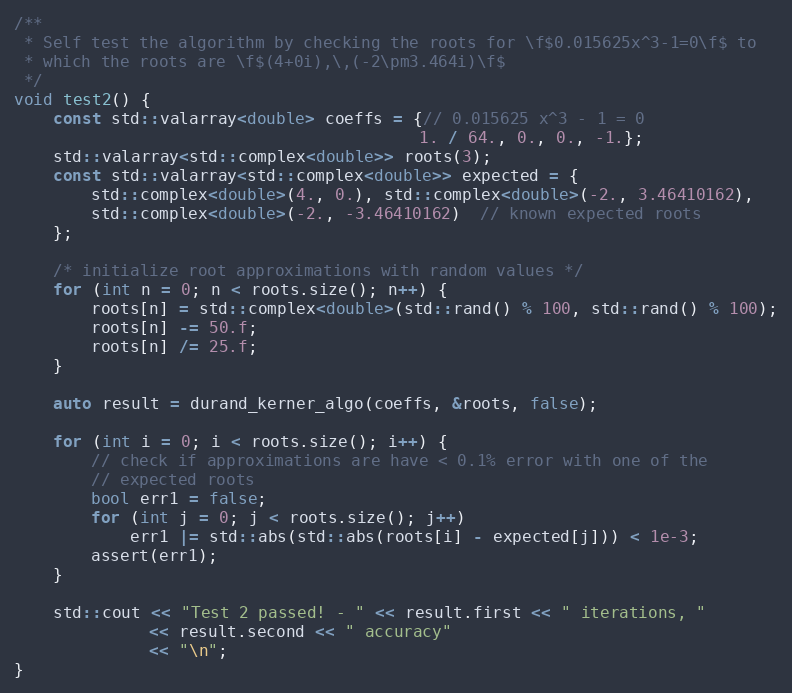
Language: C++
/**
 * Self test the algorithm by checking the roots for \f$0.015625x^3-1=0\f$ to
 * which the roots are \f$(4+0i),\,(-2\pm3.464i)\f$
 */
void test2() {
    const std::valarray<double> coeffs = {// 0.015625 x^3 - 1 = 0
                                          1. / 64., 0., 0., -1.};
    std::valarray<std::complex<double>> roots(3);
    const std::valarray<std::complex<double>> expected = {
        std::complex<double>(4., 0.), std::complex<double>(-2., 3.46410162),
        std::complex<double>(-2., -3.46410162)  // known expected roots
    };

    /* initialize root approximations with random values */
    for (int n = 0; n < roots.size(); n++) {
        roots[n] = std::complex<double>(std::rand() % 100, std::rand() % 100);
        roots[n] -= 50.f;
        roots[n] /= 25.f;
    }

    auto result = durand_kerner_algo(coeffs, &roots, false);

    for (int i = 0; i < roots.size(); i++) {
        // check if approximations are have < 0.1% error with one of the
        // expected roots
        bool err1 = false;
        for (int j = 0; j < roots.size(); j++)
            err1 |= std::abs(std::abs(roots[i] - expected[j])) < 1e-3;
        assert(err1);
    }

    std::cout << "Test 2 passed! - " << result.first << " iterations, "
              << result.second << " accuracy"
              << "\n";
}